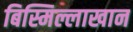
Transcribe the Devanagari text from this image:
बिस्मिल्लाखान